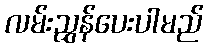
လမ်းညွှန်ပေးပါမည်